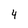
Character: 4